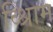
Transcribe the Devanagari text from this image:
व्श्रिाम